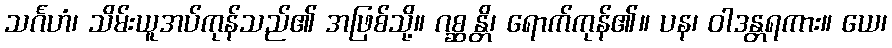
သင်္ဂဟံ၊ သိမ်းယူအပ်ကုန်သည်၏ အဖြစ်သို့။ ဂစ္ဆန္တိ၊ ရောက်ကုန်၏။ ပန၊ ဝါဒန္တရကား။ ယေ၊